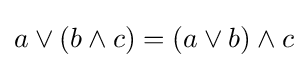
a\vee (b\wedge c)=(a\vee b)\wedge c